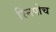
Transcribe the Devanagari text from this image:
रिनपोच